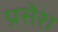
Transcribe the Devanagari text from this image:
प्रसेश